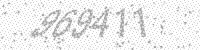
Solution: 969411